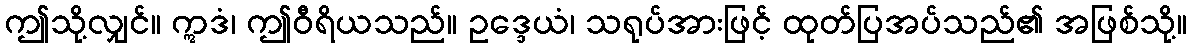
ဤသို့လျှင်။ ဣဒံ၊ ဤဝီရိယသည်။ ဥဒ္ဒေယံ၊ သရုပ်အားဖြင့် ထုတ်ပြအပ်သည်၏ အဖြစ်သို့။